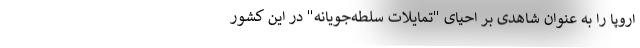
اروپا را به عنوان شاهدی بر احیای "تمایلات سلطه‌جویانه" در این کشور